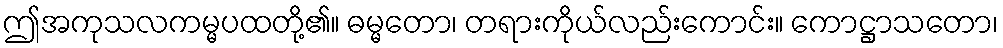
ဤအကုသလကမ္မပထတို့၏။ ဓမ္မတော၊ တရားကိုယ်လည်းကောင်း။ ကောဋ္ဌာသတော၊